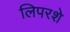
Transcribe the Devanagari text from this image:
लिपरशे